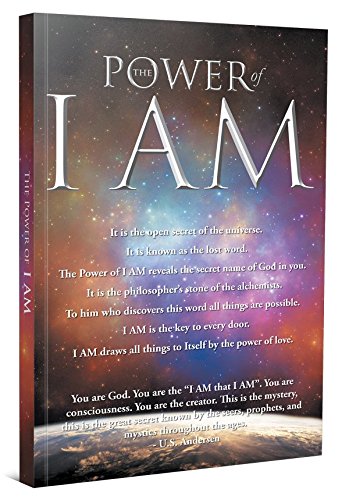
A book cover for The Power of I Am; Politics & Social Sciences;